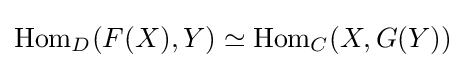
\operatorname {Hom} _{D}(F(X),Y)\simeq \operatorname {Hom} _{C}(X,G(Y))